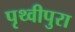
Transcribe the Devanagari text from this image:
पृथ्वीपुरा